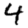
Digit: 4